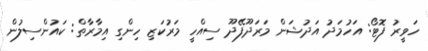
ހަވީރު ފޮޓޯ: އަހުމަދު އަދުޝަން މަރަދޫފޭދޫ ސިއްހީ މަރުކަޒި ހިންގި އިމާރާތް: ކައުންސިލުން